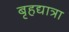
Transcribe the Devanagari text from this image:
बृहद्यात्रा